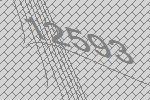
12593